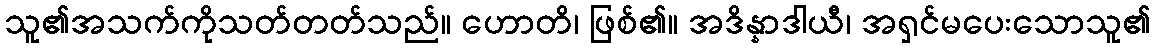
သူ၏အသက်ကိုသတ်တတ်သည်။ ဟောတိ၊ ဖြစ်၏။ အဒိန္နာဒါယီ၊ အရှင်မပေးသောသူ၏